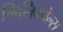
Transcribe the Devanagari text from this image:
मिलिमोल्स